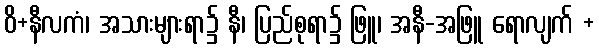
ဝိ+နီလကံ၊ အသားများရာ၌ နီ၊ ပြည်စုရာ၌ ဖြူ၊ အနီ-အဖြူ ရောလျက် +